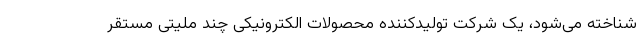
شناخته می‌شود، یک شرکت تولیدکننده محصولات الکترونیکی چند ملیتی مستقر